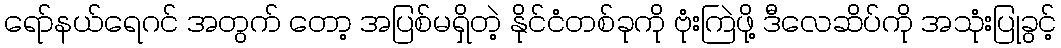
ရော်နယ်ရေဂင် အတွက် တော့ အပြစ်မရှိတဲ့ နိုင်ငံတစ်ခုကို ဗုံးကြဲဖို့ ဒီလေဆိပ်ကို အသုံးပြုခွင့်